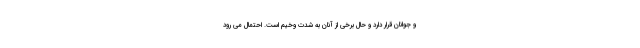
و جوانان قرار دارد و حال برخی از آنان به شدت وخیم است. احتمال می رود